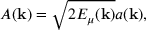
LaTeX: A ( { \bf k } ) = \sqrt { 2 E _ { \mu } ( { \bf k } ) } a ( { \bf k } ) ,